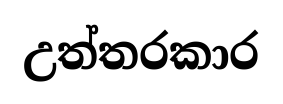
උත්තරකාර